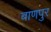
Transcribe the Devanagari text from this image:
बाणपुर